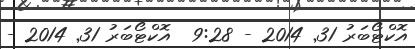
އޮކްޓޯބަރު 31